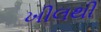
ખીલથી